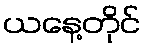
ယနေ့တိုင်